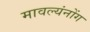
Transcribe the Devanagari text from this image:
मावल्यंनोंग